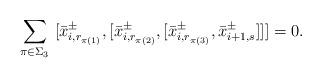
LaTeX: \begin{align*} \sum_{\pi\in \Sigma_3}\ [\bar{x}^{\pm}_{i,r_{\pi(1)}}, [\bar{x}^{\pm}_{i,r_{\pi(2)}}, [\bar{x}^{\pm}_{i,r_{\pi(3)}}, \bar{x}^{\pm}_{i+1,s}]]]=0.\end{align*}